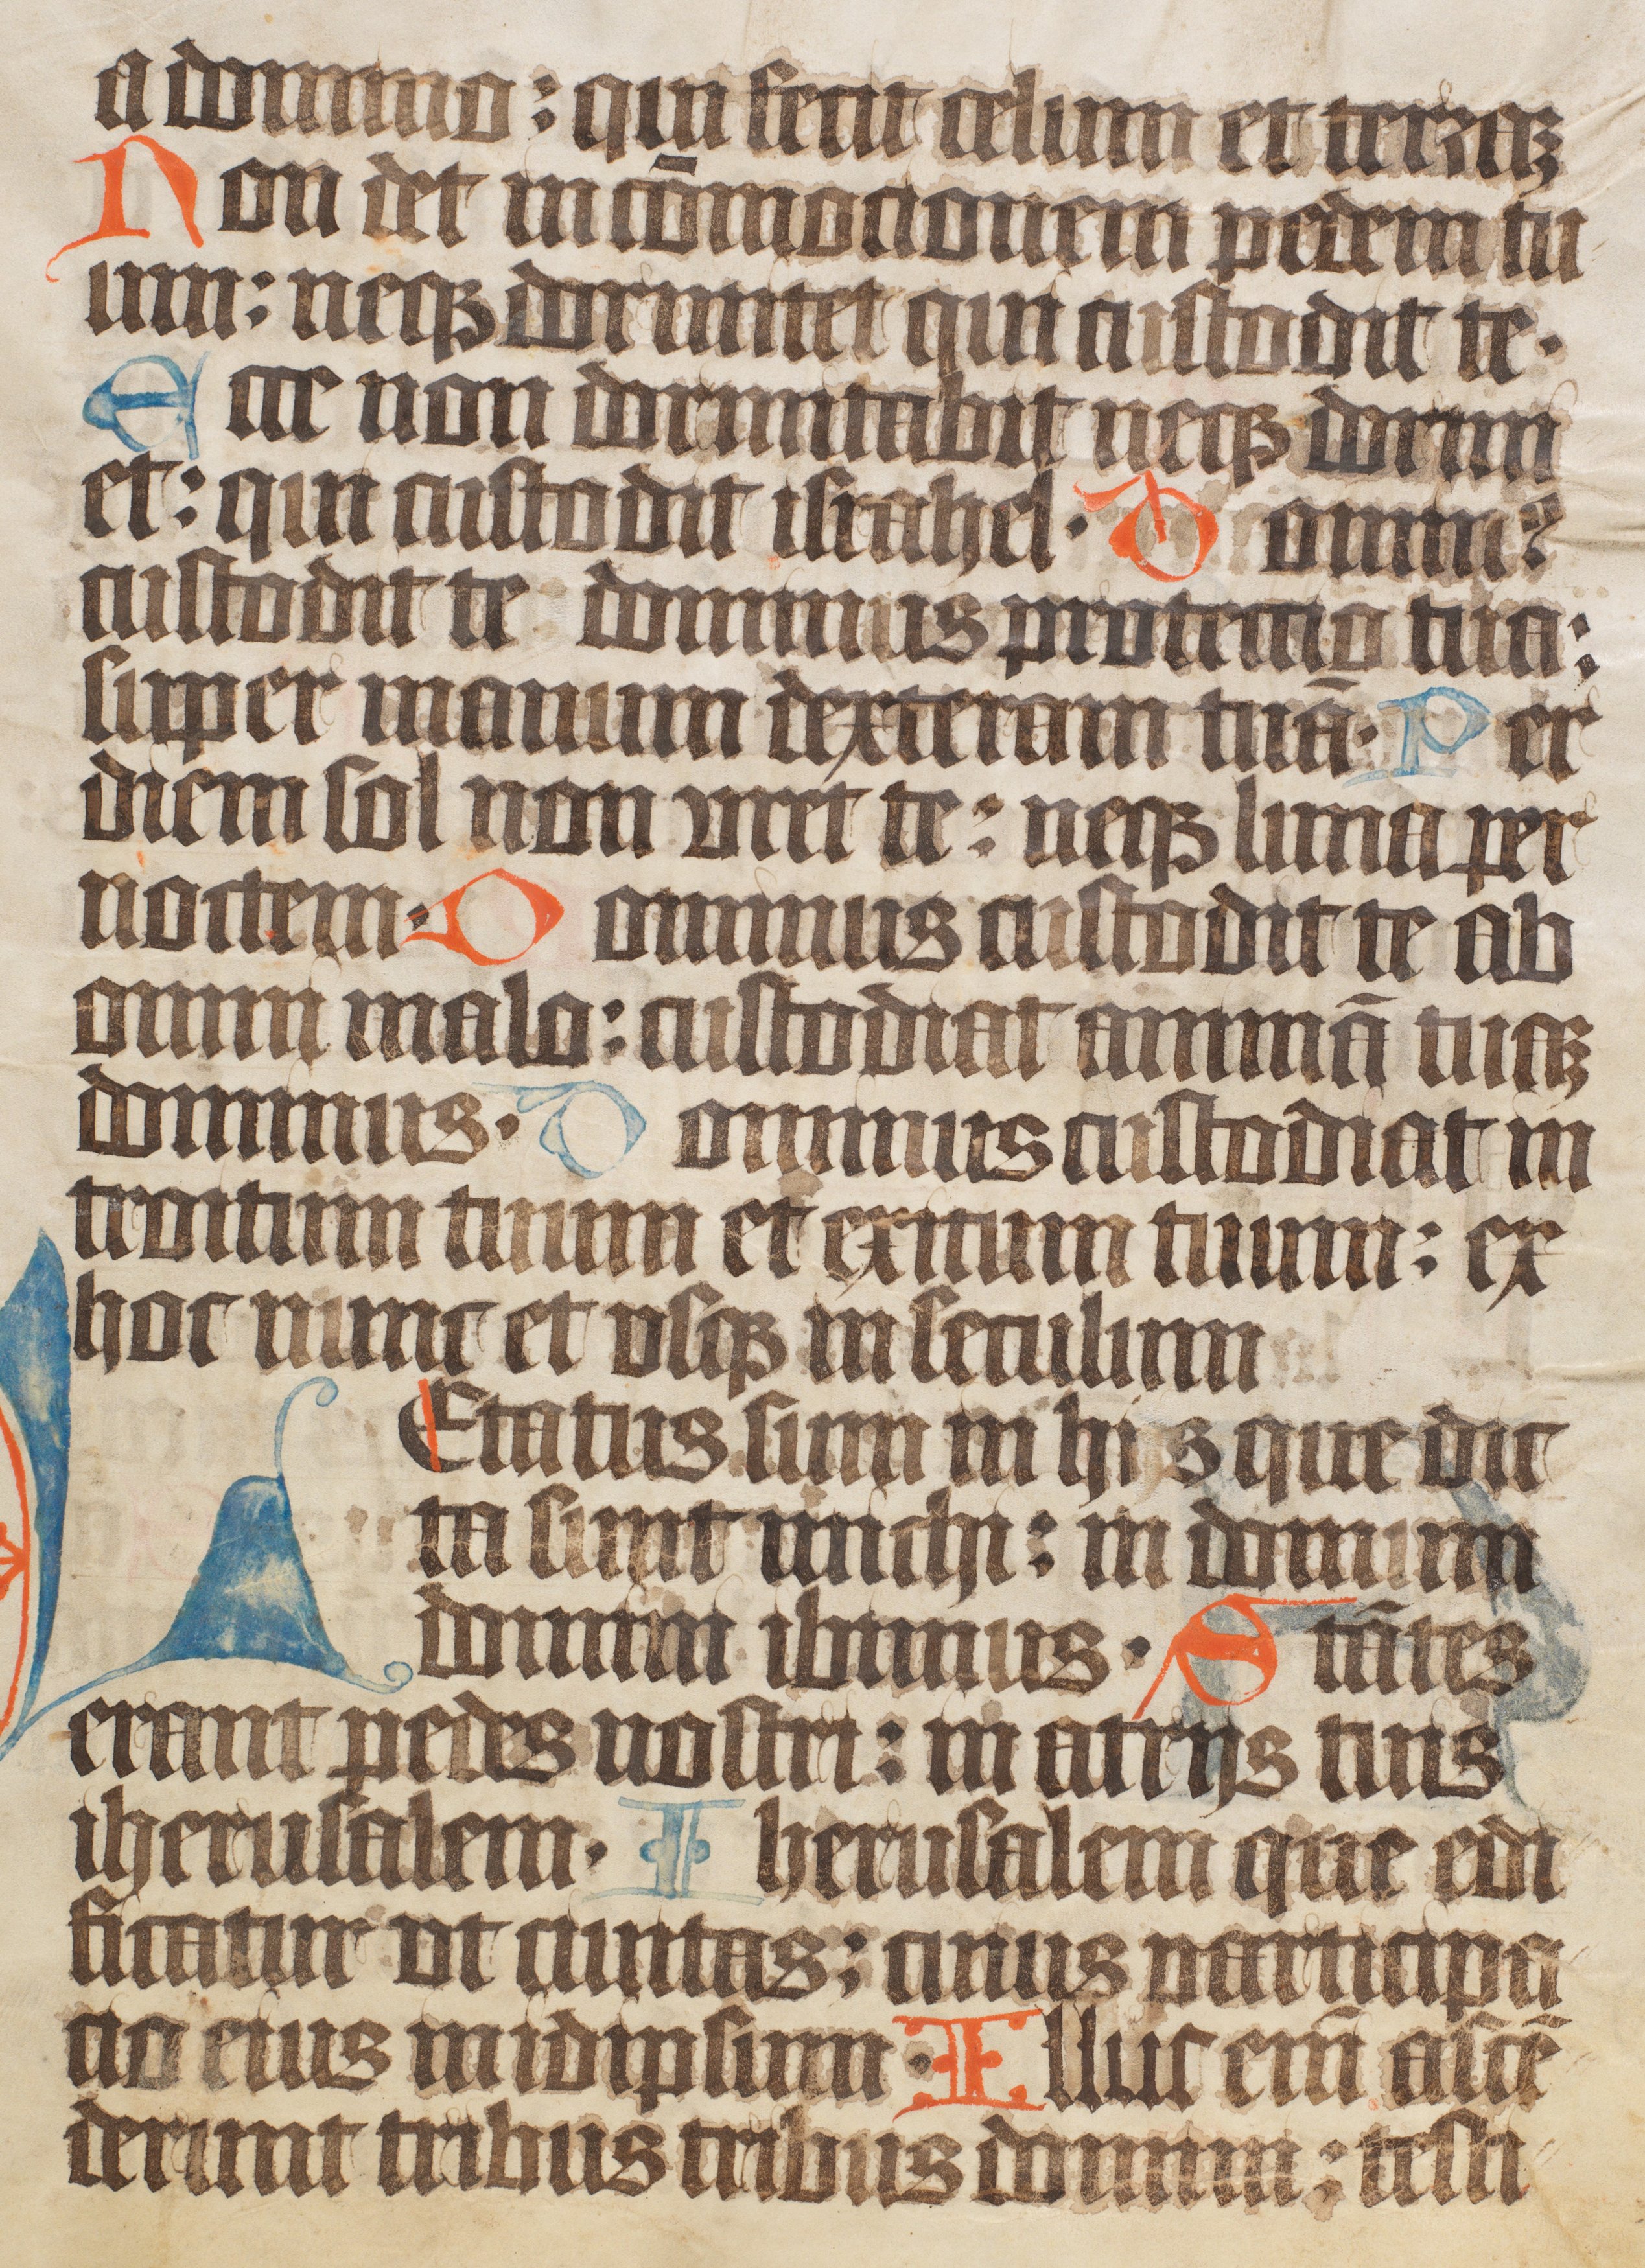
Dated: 1400–1499